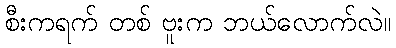
စီးကရက် တစ် ဗူးက ဘယ်လောက်လဲ။